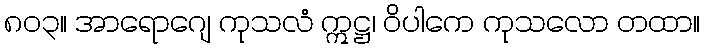
၈၀၃။ အာရောဂျေ ကုသလံ ဣဋ္ဌ၊ ဝိပါကေ ကုသလော တထာ။